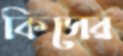
কিসের